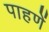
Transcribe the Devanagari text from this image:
पाहणें